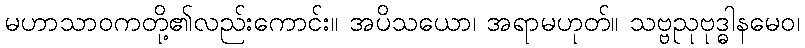
မဟာသာဝကတို့၏လည်းကောင်း။ အပိသယော၊ အရာမဟုတ်။ သဗ္ဗညုဗုဒ္ဓါနမေဝ၊